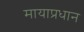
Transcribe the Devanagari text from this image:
मायाप्रधान